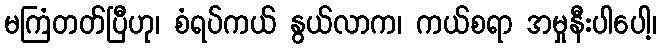
မကြံတတ်ပြီဟု၊ စံရပ်ကယ် နွယ်လာက၊ ကယ်စရာ အမှုနီးပါပေါ့၊